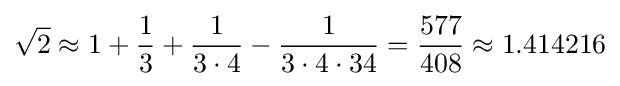
{\sqrt {2}}\approx 1+{\frac {1}{3}}+{\frac {1}{3\cdot 4}}-{\frac {1}{3\cdot 4\cdot 34}}={\frac {577}{408}}\approx 1.414216